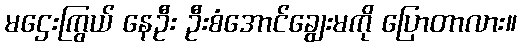
မဌေးကြွယ် နေဦး ဦးစံအောင်ချွေးမကို ပြောတာလား။